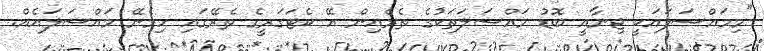
"މިމައްސަލައަކީ ޖިނާއީ ބޮޑު މައްސަލަތަކުގެ ތެރެއިން އޭ ކެޓަގަރީގެ ތެރޭގައި ހިމެނޭ މައްސަލައެއް.